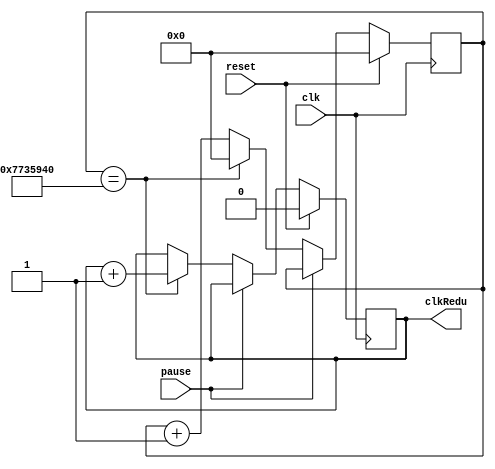
`timescale 1ns / 1ps
//////////////////////////////////////////////////////////////////////////////////
// Company: 
// Engineer: 
// 
// Design Name: 
// Module Name:    clk5seg 
// Project Name: 
// Target Devices: 
// Tool versions: 
// Description: 
//
// Dependencies: 
//
// Revision: 
// Revision 0.01 - File Created
// Additional Comments: 
//
//////////////////////////////////////////////////////////////////////////////////
module clk5seg(
    input clk,reset, pause,
    output reg clkRedu = 0
    );
reg [27:0] counter = 0;

always @(posedge clk)
   begin
		if(reset)
			begin
			counter = 0;
			clkRedu = 0;
			end
		else 
			begin
			if(!pause)
				begin
				if (counter == 125_000_000 )
					begin
					counter = 0;
					clkRedu=clkRedu+1;
					end
				else
					begin
					counter = counter+1;
					end
				end
			end
	end
endmodule